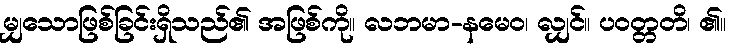
မျှသောဖြစ်ခြင်းရှိသည်၏ အဖြစ်ကို။ လဘမာ-နမေဝ၊ လျှင်။ ပဝတ္တတိ၊ ၏။